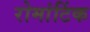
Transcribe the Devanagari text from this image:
रोमांटिंक